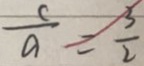
\frac { c } { a } = \frac { 3 } { 2 }